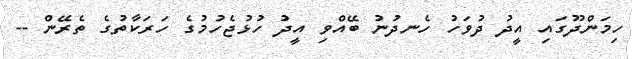
ހިމަންދޫގައި އީދު ދުވަހު ހެނދުނު ބޭއްވި އީދު ހުޅުޖެހުމުގެ ހަރަކާތުގެ ތެރޭން --